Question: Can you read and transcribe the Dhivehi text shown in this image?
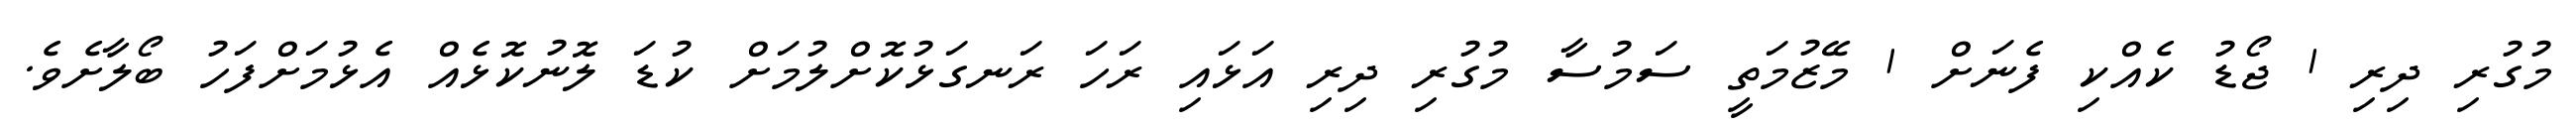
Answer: މުގުރި ދިރި 1 ޖޯޑު ކެއްކި ފެނަށް 1 މޭޒުމަތީ ސަމުސާ މުގުރި ދިރި އަޅައި ރަހަ ރަނގަޅުކޮށްލުމަށް ކުޑަ ލޮނުކޮޅެއް އެޅުމަށްފަހު ބޯލާށެވެ.